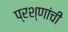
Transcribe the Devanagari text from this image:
प्रश्णांची